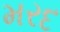
મરદ